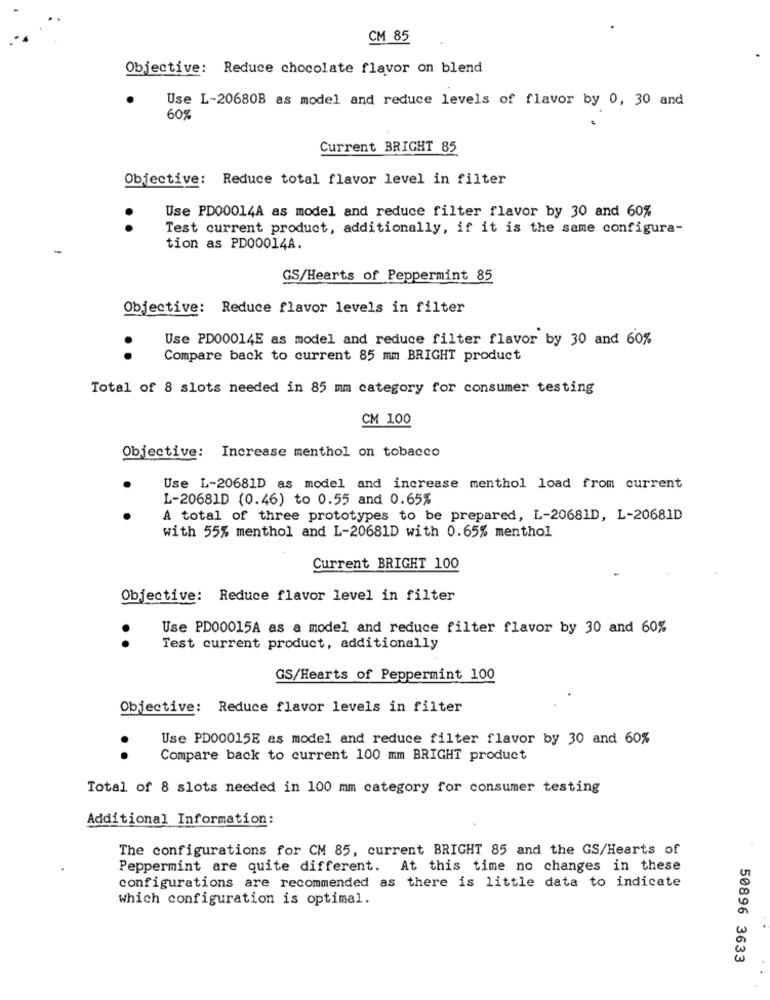
CM 85
Objective: Reduce chocolate flavor on blend
Use L-20680B as model and reduce levels of flavor by 0, 30 and
60%
Current BRIGHT 85
Objective: Reduce total flavor level in filter
Use PD00014A as model and reduce filter flavor by 30 and 60%
..
Test current product, additionally, if it is the same configura-
tion as PD00014A.
GS/Hearts of Peppermint 85
Objective: Reduce flavor levels in filter
Use PD00014E as model and reduce filter flavor by 30 and 60%
Compare back to current 85 mm BRIGHT product
..
Total of 8 slots needed in 85 mm category for consumer testing
CM 100
Objective: Increase menthol on tobacco
Use L-20681D as model and increase menthol load from current
L-20681D (0.46) to 0.55 and 0.65%
A total of three prototypes to be prepared, L-20681D, L-20681D
with 55% menthol and L-20681D with 0.65% menthol
Current BRIGHT 100
Objective: Reduce flavor level in filter
Use PD00015A as a model and reduce filter flavor by 30 and 60%
..
Test current product, additionally
GS/Hearts of Peppermint 100
Objective: Reduce flavor levels in filter
Use PD00015E as model and reduce filter flavor by 30 and 60%
..
Compare back to current 100 mm BRIGHT product
Total of 8 slots needed in 100 mm category for consumer testing
Additional Information:
The configurations for CM 85, current BRIGHT 85 and the GS/Hearts of
Peppermint are quite different. At this time no changes in these
configurations are recommended as there is little data to indicate
which configuration is optimal.
50896 3633